system: You are a helpful assistant.
user:
Analyze the provided spectrum to determine if it is a **Carbon Star (C-type)**.

- **Key Visual Indicators of Carbon Star:**
    - **(Primary):** Strong molecular absorption from **C₂ (diatomic carbon) "Swan Bands."** This is the **defining feature** of a carbon star.
        - **(Key Bandheads):** Sharp absorption edges are visible at approximately $5635$ Å, $5165$ Å (the strongest band), and $4737$ Å.
        - **(Line Profile):** Creates a distinct **"saw-tooth"** pattern. The key morphology is a sharp, steep bandhead on the **red (long-wavelength) side**, which then gradually tapers off (i.e., flux recovers) towards the **blue (short-wavelength) side**. *(This is the direct opposite of the TiO bands seen in M-type stars)*.

    - **(Secondary):** Intense **CN (cyanogen)** molecular absorption bands.
        - **(Key Bandheads):** Located in the blue and violet regions of the spectrum (e.g., near $4215$ Å and $3883$ Å).
        - **(Morphology):** These bands are extremely broad and act as a "blanket," absorbing the vast majority of blue and violet light. This creates a characteristic **"cliff"** or **"steep drop-off"** in the spectrum's flux at short wavelengths.

    - **(Key Confirmation):** Strong **CH absorption band (G-band)**.
        - **(Key Bandhead):** Located around $4300$ Å. The contribution from CH molecules to this band is exceptionally strong.

    - **(Overall Spectrum):**
        - The continuum is severely "chopped up" by these deep molecular bands, especially C₂, rather than appearing as a smooth curve.
        - Due to the heavy CN and C₂ absorption in the blue-green, the vast majority of the star's flux is concentrated in the red part of the spectrum, giving the star its characteristic deep red color.

Think first, call **spectral_visualization_tool** if needed to examine features in detail, then provide your final answer. Your response must adhere to the following strict rules:
1.  **Overall Structure:** Your response must follow the format `<think>...</think> <tool_call>...</tool_call> (if a tool is used) <answer>...</answer>`.
2.  **Tool Usage Constraint:** You may only make **one** tool call per turn.
3.  **Final Answer Format:** In the `<answer>` tag, your conclusion must be inside a `\boxed{}` command (e.g., `\boxed{YES}`), followed by your justification.

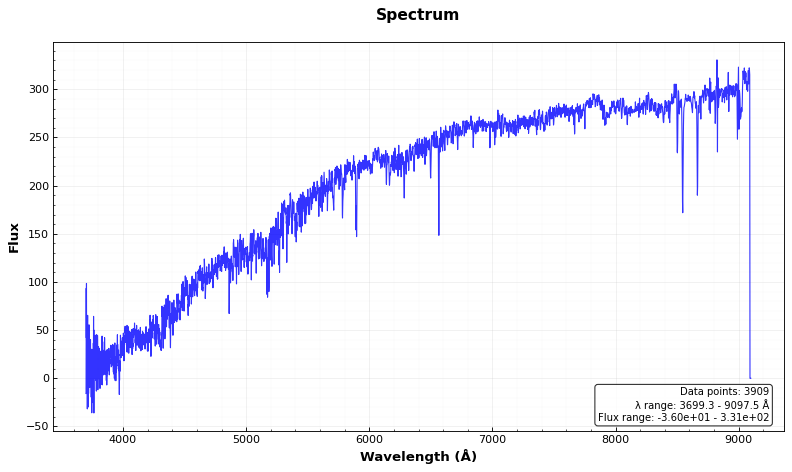
Answer: NO